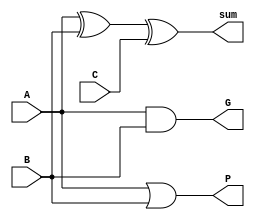
/* ACM Class System (I) Fall Assignment 1 
 *
 *
 * Implement your naive adder here
 * 
 * GUIDE:
 *   1. Create a RTL project in Vivado
 *   2. Put this file into `Sources'
 *   3. Put `test_adder.v' into `Simulation Sources'
 *   4. Run Behavioral Simulation
 *   5. Make sure to run at least 100 steps during the simulation (usually 100ns)
 *   6. You can see the results in `Tcl console'
 *
 */

module adder_one_bit (
	input A,
	input B,
	input C,
	output sum,
	output P,
	output G
);

assign sum = A ^ B ^ C;
assign P = A | B;
assign G = A & B;

endmodule

module CLA_four_bit (
	input C_last,
	input [3:0] P,
	input [3:0] G,
	output P_all,
	output G_all,
	output [3:0] C_now
);

assign C_now[0] = G[0] | P[0] & C_last;
assign C_now[1] = G[1] | P[1] & G[0] | P[1] & P[0] & C_last;
assign C_now[2] = G[2] | P[2] & G[1] | P[2] & P[1] & G[0] | P[2] & P[1] & P[0] & C_last;
assign C_now[3] = G[3] | P[3] & G[2] | P[3] & P[2] & G[1] | P[3] & P[2] & P[1] & G[0] | P[3] & P[2] & P[1] & P[0] & C_last;
// P/G
assign P_all = P[3] & P[2] & P[1] & P[0];
assign G_all = G[3] | P[3] & G[2] | P[3] & P[2] & G[1] | P[3] & P[2] & P[1] & G[0];

endmodule

module adder_four_bit (
	input [3:0] A,
	input [3:0] B,
	input C_last,
	output [3:0] sum,
	output P,
	output G
);

	wire [3:0] P_in;
	wire [3:0] G_in;
	wire [3:0] C_in;

adder_one_bit a0( .A(A[0]), .B(B[0]), .C(C_last), .sum(sum[0]), .P(P_in[0]), .G(G_in[0]));
adder_one_bit a1( .A(A[1]), .B(B[1]), .C(C_in[0]), .sum(sum[1]), .P(P_in[1]), .G(G_in[1]));
adder_one_bit a2( .A(A[2]), .B(B[2]), .C(C_in[1]), .sum(sum[2]), .P(P_in[2]), .G(G_in[2]));
adder_one_bit a3( .A(A[3]), .B(B[3]), .C(C_in[2]), .sum(sum[3]), .P(P_in[3]), .G(G_in[3]));

CLA_four_bit cla( .C_last(C_last), .P(P_in), .G(G_in), .P_all(P), .G_all(G), .C_now(C_in));

assign C_now = C_in[3];

endmodule

module adder_sixteen_bit (
	input [15:0] A,
	input [15:0] B,
	input C_last,
	output [15:0] sum,
	output P,
	output G
);

	wire [3:0] P_in;
	wire [3:0] G_in;
	wire [3:0] C_in;

adder_four_bit a0( .A(A[3:0]), .B(B[3:0]), .C_last(C_last), .sum(sum[3:0]), .P(P_in[0]), .G(G_in[0]));
adder_four_bit a1( .A(A[7:4]), .B(B[7:4]), .C_last(C_in[0]), .sum(sum[7:4]), .P(P_in[1]), .G(G_in[1]));
adder_four_bit a2( .A(A[11:8]), .B(B[11:8]), .C_last(C_in[1]), .sum(sum[11:8]), .P(P_in[2]), .G(G_in[2]));
adder_four_bit a3( .A(A[15:12]), .B(B[15:12]), .C_last(C_in[2]), .sum(sum[15:12]), .P(P_in[3]), .G(G_in[3]));

CLA_four_bit cla( .C_last(C_last), .P(P_in), .G(G_in), .P_all(P), .G_all(G), .C_now(C_in));

assign C_now = C_in[3];

endmodule

module Add(
	// TODO: Write the ports of this module here
	//
	// Hint: 
	//   The module needs 4 ports, 
	//     the first 2 ports are 16-bit unsigned numbers as the inputs of the adder
	//     the third port is a 16-bit unsigned number as the output
	//	   the forth port is a one bit port as the carry flag
	// 
	input [31:0] a,
	input [31:0] b,
	output wire [31:0] sum
);
	// TODO: Implement this module here
	wire [1:0] P;
	wire [1:0] G;
	wire [31:0] ans_32; // otherwise it would print during every clock circle
	adder_sixteen_bit first( .A(a[15:0]), .B(b[15:0]), .C_last(1'b0), .sum(ans_32[15:0]), .P(P[0]), .G(G[0]));
	adder_sixteen_bit second( .A(a[31:16]), .B(b[31:16]), .C_last(G[0]), .sum(ans_32[31:16]), .P(P[1]), .G(G[1]));

	assign sum = ans_32;
	
endmodule